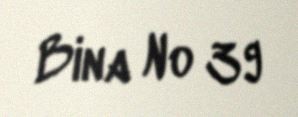
Bina № 39